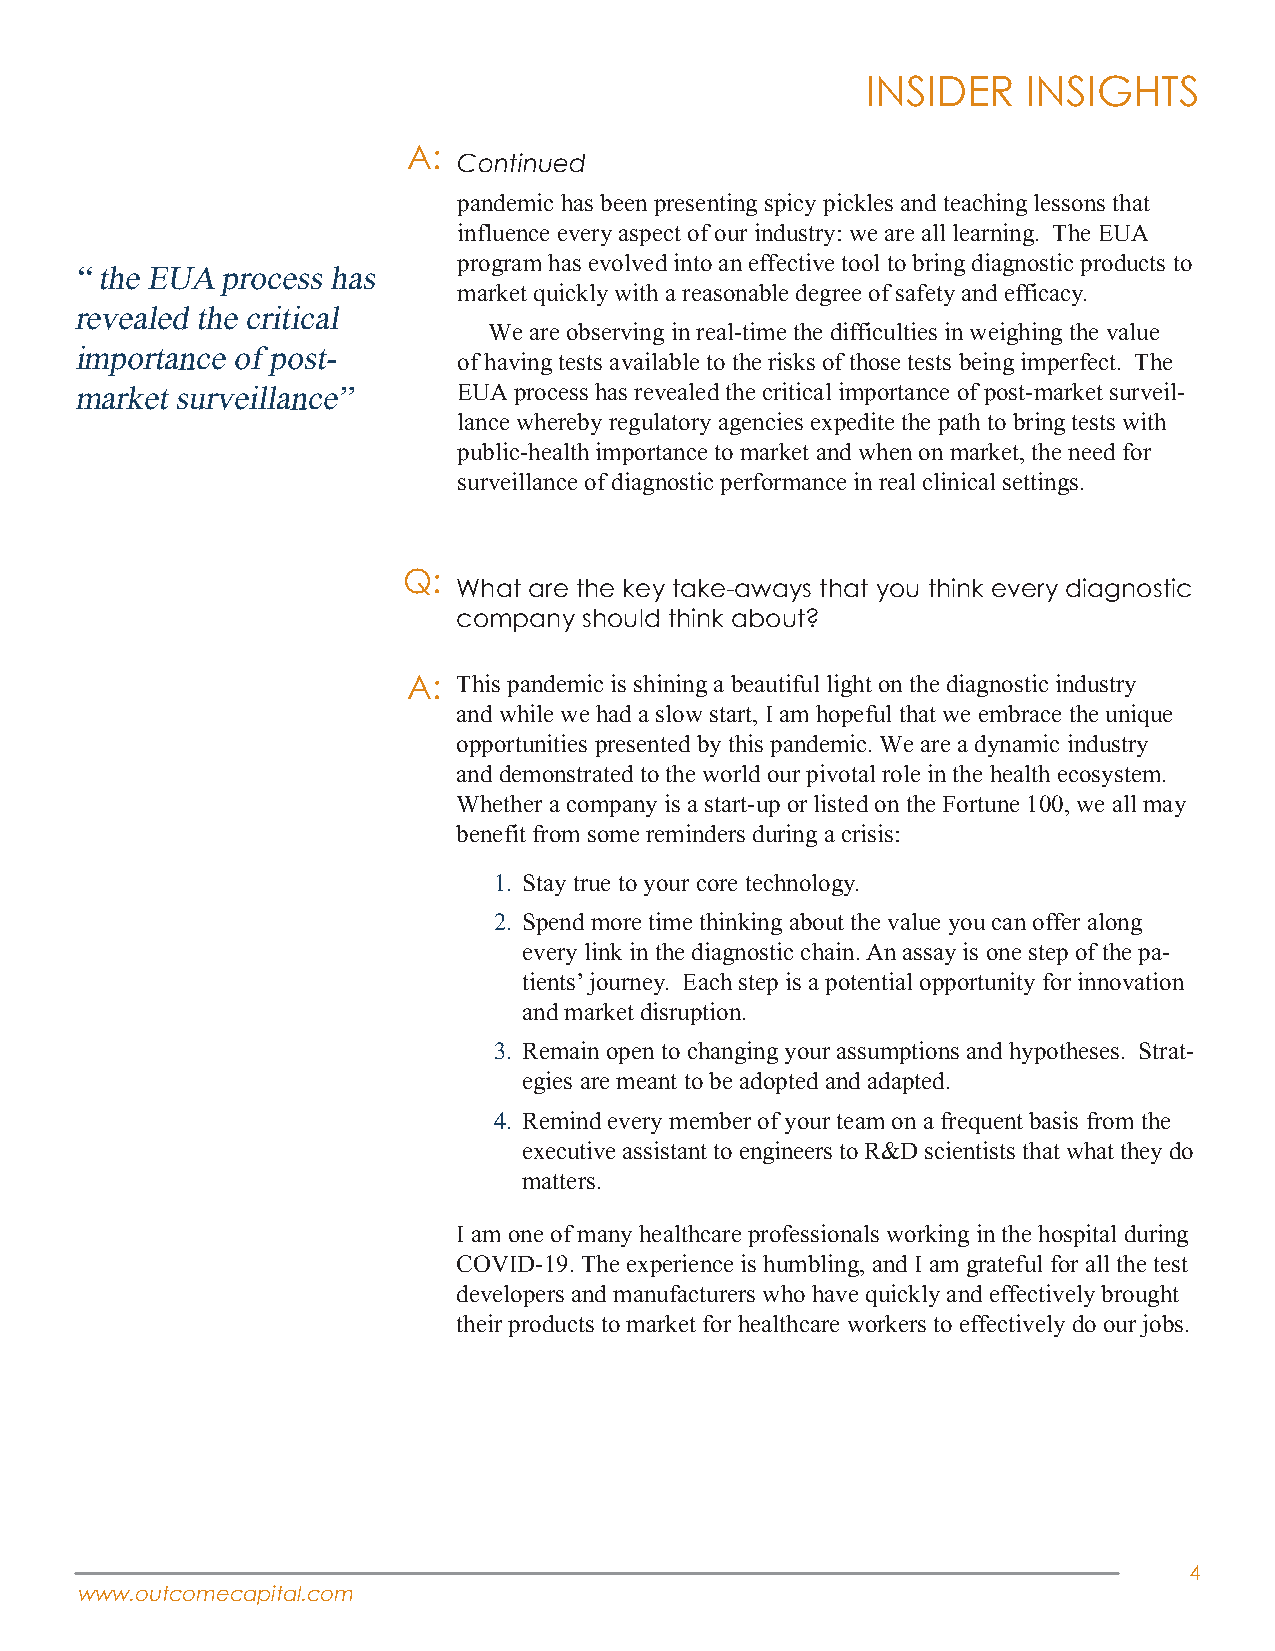
INSIDER    INSIGHTS
 A:
 Continued
 pandemic has been presenting spicy pickles and teaching lessons that
 influence every aspect of our industry: we are all learning. The EUA
 program has evolved into an effective tool to bring diagnostic products to
 “ the EUA process has
 market quickly with a reasonable degree of safety and efficacy.
 revealed the critical
 We are observing in real-time the difficulties in weighing the value
 importance of post-
 of having tests available to the risks of those tests being imperfect. The
 market surveillance”     EUA process has revealed the critical importance of post-market surveil-
 lance whereby regulatory agencies expedite the path to bring tests with
 public-health importance to market and when on market, the need for
 surveillance of diagnostic performance in real clinical settings.
 Q:
 What are the key take-aways that you think every diagnostic
 company  should think about?
 A: This pandemic is shining a beautiful light on the diagnostic industry
 and while we had a slow start, I am hopeful that we embrace the unique
 opportunities presented by this pandemic. We are a dynamic industry
 and demonstrated to the world our pivotal role in the health ecosystem.
 Whether a company is a start-up or listed on the Fortune 100, we all may
 benefit from some reminders during a crisis:
 1. Stay true to your core technology.
 2. Spend more time thinking about the value you can offer along
 every link in the diagnostic chain. An assay is one step of the pa-
 tients’ journey. Each step is a potential opportunity for innovation
 and market disruption.
 3. Remain open to changing your assumptions and hypotheses. Strat-
 egies are meant to be adopted and adapted.
 4. Remind every member of your team on a frequent basis from the
 executive assistant to engineers to R&D scientists that what they do
 matters.
 I am one of many healthcare professionals working in the hospital during
 COVID-19. The experience is humbling, and I am grateful for all the test
 developers and manufacturers who have quickly and effectively brought
 their products to market for healthcare workers to effectively do our jobs.
 4
 www.outcomecapital.com